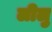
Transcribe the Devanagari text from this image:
लीलु